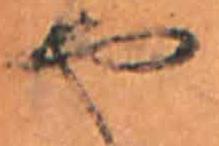
や